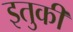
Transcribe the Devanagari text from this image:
इतुकी